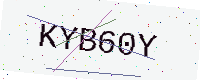
Text: KYB60Y